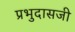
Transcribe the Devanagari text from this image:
प्रभुदासजी